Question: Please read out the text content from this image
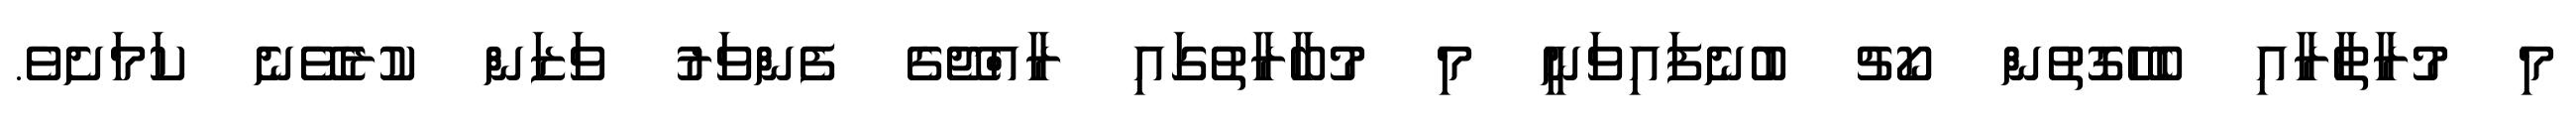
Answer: މި މުރާތާރާއި ބެހޭގޮތުން ކޯޗު ބުނެފައިވަނީ މި މުބާރާތުގައި ރާއްޖޭގެ ފެންވަރު ވަޒަން ކުރެވޭނެ ކަމަށެވެ.